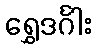
ရွှေဒင်္ဂါး